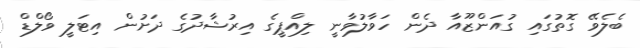
ބެލެވޭ ގޮތުގައި ގުއަންޒޫއާ ދެން ހަވާލުވާނީ ލިއްޕީގެ އިރުޝާދުގެ ދަށުން އިޓަލީ ވޯލްޑް